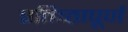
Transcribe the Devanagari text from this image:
प्रतिष्‍ठापूर्ण